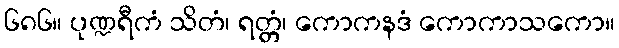
၆၈၆။ ပုဏ္ဍရီကံ သိတံ၊ ရတ္တံ၊ ကောကနဒံ ကောကာသကော။